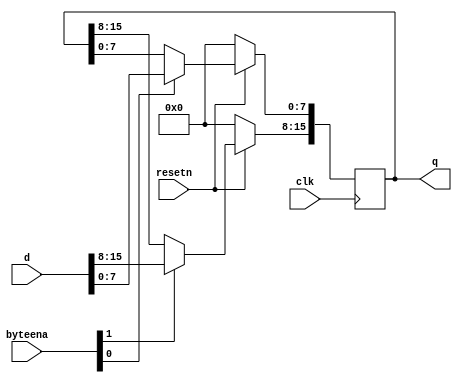
module top_module (
    input clk,
    input resetn,
    input [1:0] byteena,
    input [15:0] d,
    output reg [15:0] q
);
    
    always @(posedge clk) begin
        if(!resetn) begin
            q <= 0;
        end
        else begin
            q[15:8] <= byteena[1] ? d[15:8] : q[15:8];

            q[7:0]<= byteena[0] ? d[7:0] : q[7:0];
        end
    end

endmodule